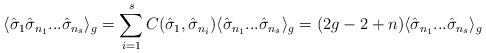
LaTeX: \begin{align*}\langle {\hat \sigma}_1 {\hat \sigma}_{n_1}...{\hat\sigma}_{n_s} \rangle_g = \sum_{i=1}^{s} C({\hat \sigma}_1,{\hat \sigma}_{n_i}) \langle {\hat \sigma}_{n_1}... {\hat\sigma}_{n_s} \rangle_g = (2g-2+n) \langle {\hat \sigma}_{n_1}...{\hat \sigma}_{n_s} \rangle_g\end{align*}